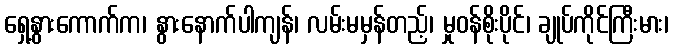
ရှေ့နွားကောက်က၊ နွားနောက်ပါကျန်၊ လမ်းမမှန်တည့်၊ မှုဝန်စိုးပိုင်၊ ချုပ်ကိုင်ကြီးမား၊